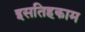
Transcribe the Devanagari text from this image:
इसतिहकाम